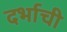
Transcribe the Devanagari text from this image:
दर्भाची